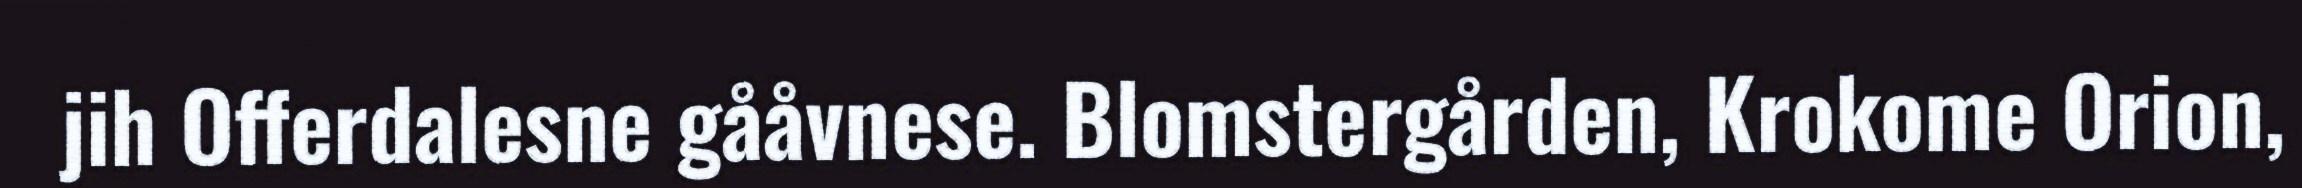
jih Offerdalesne gååvnese. Blomstergården, Krokome Orion,